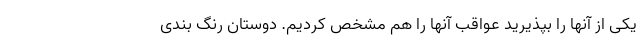
یکی از آنها را بپذیرید عواقب آنها را هم مشخص کردیم. دوستان رنگ بندی